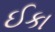
ઈકા